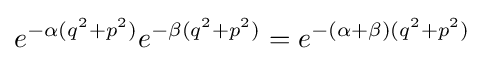
e^{-\alpha (q^{2}+p^{2})}e^{-\beta (q^{2}+p^{2})}=e^{-(\alpha +\beta )(q^{2}+p^{2})}